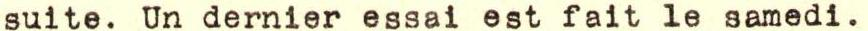
suite. Un dernier essai est fait le samedi.